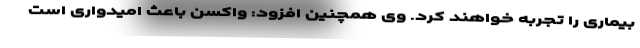
بیماری را تجربه خواهند کرد. وی همچنین افزود: واکسن باعث امیدواری است